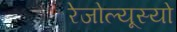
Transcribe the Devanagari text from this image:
रेजोल्यूस्यो